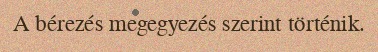
A bérezés megegyezés szerint történik.